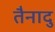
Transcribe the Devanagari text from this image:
तैनादु